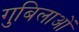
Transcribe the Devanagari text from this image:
गुबिलाओं